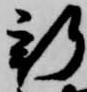
新